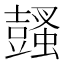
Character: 𧒕